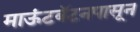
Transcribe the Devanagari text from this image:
माऊंटबॅटनपासून